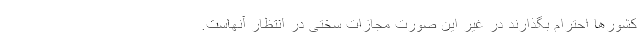
کشورها احترام بگذارند در غیر این صورت مجازات سختی در انتظار آنهاست.